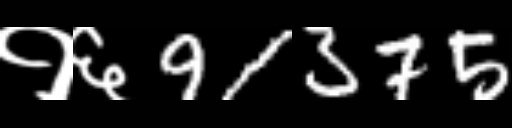
Text: १६91375